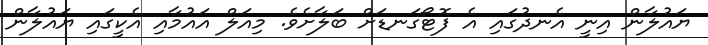
ޔައުލާން އިނީ އެނދުގައި އެ ފޮޓޯގަނޑަށް ބަލާށެވެ. މިއަލް އައުމާއި އެކީގައި ޔައުލާން